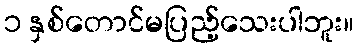
၁ နှစ်တောင်မပြည့်သေးပါဘူး။